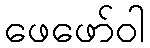
ဖေဖော်ဝါ